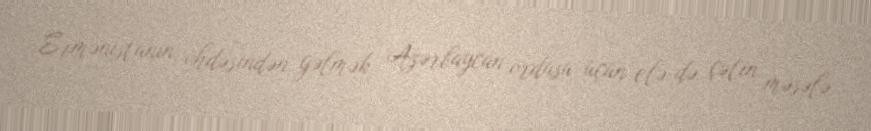
Ermənistanın öhdəsindən gəlmək Azərbaycan ordusu üçün elə də çətin məsələ